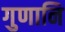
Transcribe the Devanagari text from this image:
गुणानि